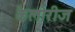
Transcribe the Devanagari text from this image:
कैलोरीज